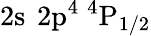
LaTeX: \mathrm{2s~\, 2p^{4}~^{4}P_{1/2}}